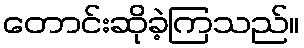
တောင်းဆိုခဲ့ကြသည်။